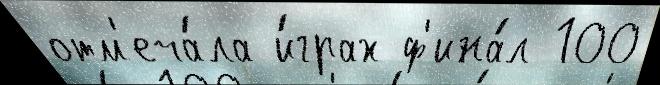
отм'еча́ла и́грах ф'ина́л 100